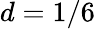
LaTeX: d=1/6